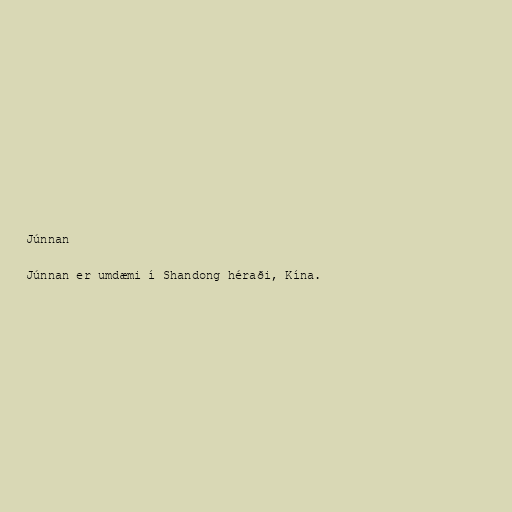
Júnnan

Júnnan er umdæmi í Shandong héraði, Kína.